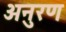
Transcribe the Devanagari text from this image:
अनुरण